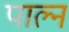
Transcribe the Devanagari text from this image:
पाल्न